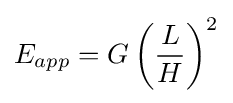
E_{app}=G\left({\frac {L}{H}}\right)^{2}